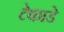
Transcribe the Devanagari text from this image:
टेकाडे